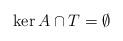
LaTeX: \begin{align*} \ker A \cap T = \emptyset\end{align*}